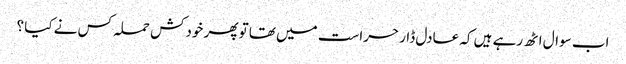
اب سوال اٹھ رہے ہیں کہ عادل ڈار حراست میں تھا تو پھر خودکش حملہ کس نے کیا ؟